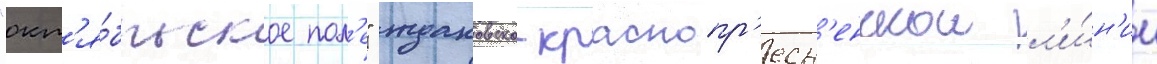
"окт'я́брьское пол'е" ждановско-краснопр'есн'енскои л'и́н'ии